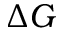
\Delta G